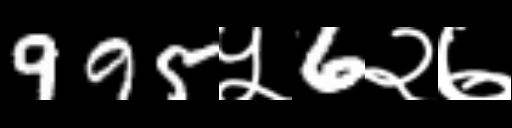
Text: 995५6२७